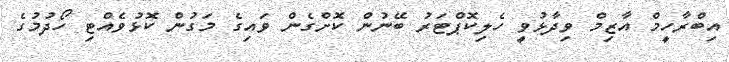
އިބްރާހީމް އާޒިމް ވިދާޅުވީ ހެލިކޮޕްޓަރު ބޭނުން ކޮށްގެން ވައިގެ މަގުން ކޮޅުވެއްޓި ހޯދުމުގެ